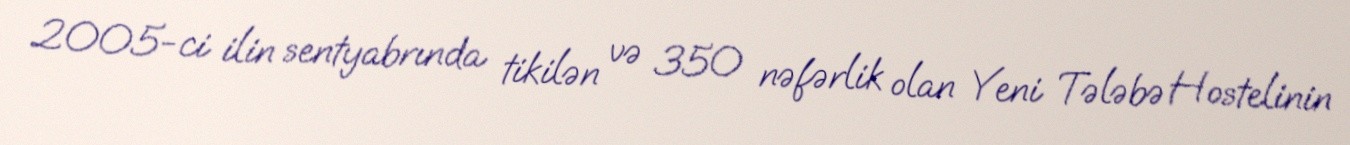
2005-ci ilin sentyabrında tikilən və 350 nəfərlik olan Yeni Tələbə Hostelinin